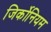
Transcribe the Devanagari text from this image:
जिर्कोनियम